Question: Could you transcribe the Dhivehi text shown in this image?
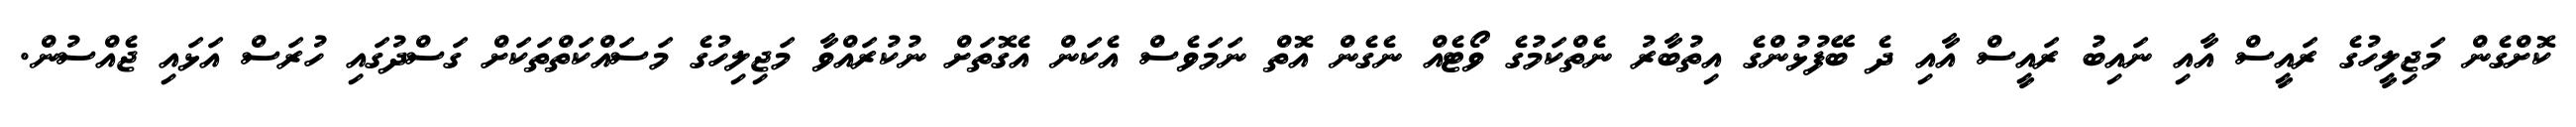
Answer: ކޮށްގެން މަޖިލީހުގެ ރައީސް އާއި ނައިބު ރައީސް އާއި ދެ ބޭފުޅުންގެ އިތުބާރު ނެތްކަމުގެ ވޯޓެއް ނެގެން އޮތް ނަމަވެސް އެކަން އެގޮތަށް ނުކުރައްވާ މަޖިލިހުގެ މަސައްކަތްތަކަށް ގަސްދުގައި ހުރަސް އަޅައި ޖެއްސުން.